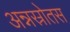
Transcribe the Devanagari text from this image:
अन्नस्रोतस